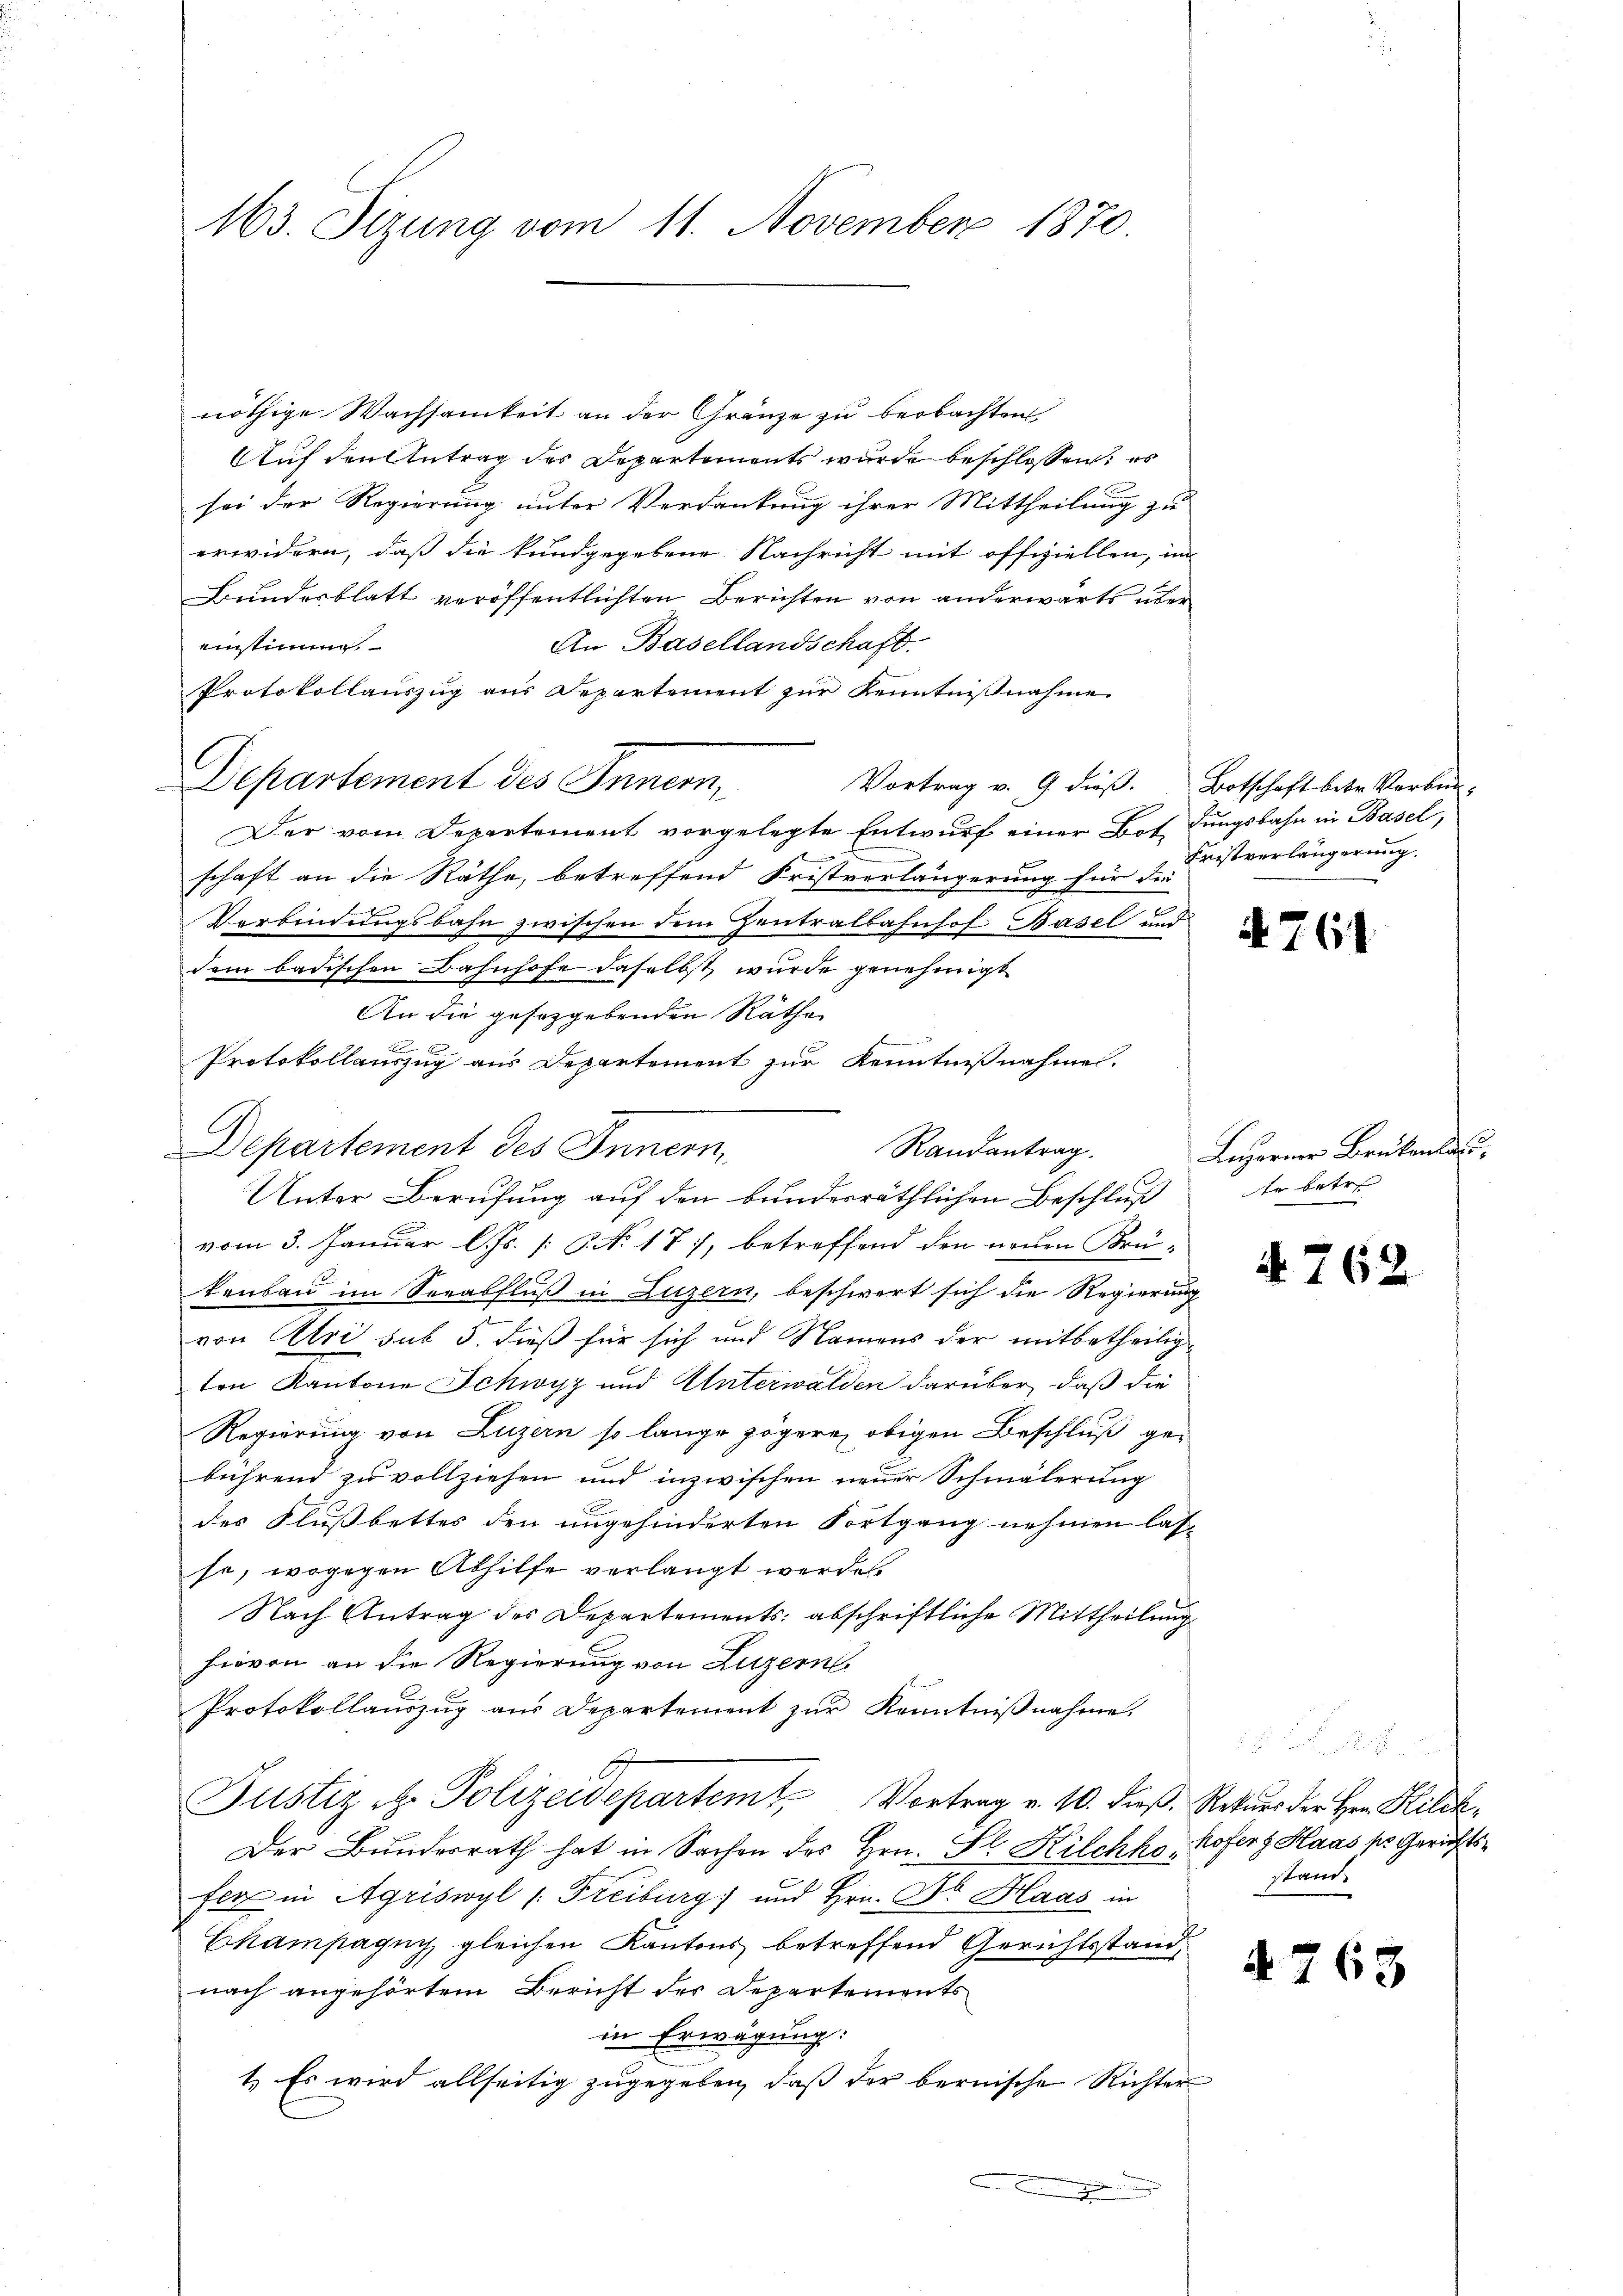
nöthige Wachsamkeit an der Gränze zu beobachten
Auf den Antrag des Departements wurde beschlossen: es
sei der Regierung unter Verdankung ihrer Mittheilung zu
erwidern, daß die kundgegebene Nachricht mit offiziellen, im
Bundesblatt veröffentlichten Berichten von anderwärts über
An Basellandschaft.
einstimm
Protokollauszug aus Departement zur Kenntnißnahme
Departement des Innern,
Vortrag v. 9. dieβ. Botschaft betr. Vorben-
Der vom Departement vorgelegte Entwurf einer Botdungsbahn in Basel,
schaft an die Räthe, betreffend Fristverlängerung für die
Verbindungsbahn zwischen dem Zentralbahnhof Basel und
dem badischen Bahnhofe daselbst wurde genehmigt
An die gesetzgebenden Räthe
Protokollauszug aus Departement zur Kenntnißnahme.
Departement des Innern
Randantrag
Unter Berufung auf den bundesräthlichen Beschluß
vom 3. Januar l. Js. [No 177, betreffend den neuen Brü-
kenbau im Seeabfluß in Luzern, beschwert sich die Regierung
von Uri sub 5. dieß für sich und Namens der mitbetheiligten Kantone Schwyz und Unterwalden darüber, daß die
Regierung von Luzern so lange zögere obigen Beschluß gebührend zu vollziehen und inzwischen neuer Schmälerung
des Flußbettes den ungehinderten Fortgang nehmen las-
so, wogegen Abhilfe verlangt werden.
Nach Antrag des Departements abschriftliche Mittheilung
hievon an die Regierung von Luzern,
Protokollaŭszŭg aŭs Departement zŭr Kenntnißnahme.
Justiz H. Polizeidepartemt, Vortrag v. 10. dieß Rekurs der Hern Kilch,
Der Bundesrath hat in Sachen des Hrn. Fl. Kilchko, Hofers Haas pr. Gerichtsfer in Agriswyl (Freiburg) und Hrn. Dr. Haas in
Ekampagny gleichen Kantons betreffend Gerichtsstand,
nach angehörtem Bericht des Departements
in Erwägung:
1. Es wird allseitig zugegeben, daß der bernische Richter
x

163. Sizung vom 11. November 1870.

Fristverlängerung.

A 764

Luzerner Brükenlas
te betre

A. 762.

1
stand.

4763